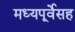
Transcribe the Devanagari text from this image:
मध्यपूर्वेसह